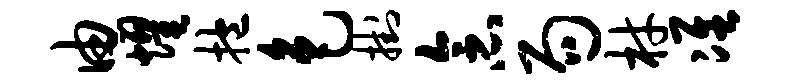
由耀抱色挂念局材准